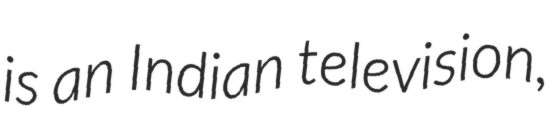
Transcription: is an Indian television,